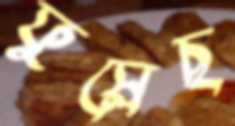
ফুস্‌লেছ